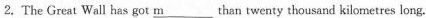
2. The Great Wall has got \underline{m}___ than twenty thousand kilometres long.